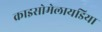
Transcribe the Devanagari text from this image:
क्राइसोमेलायडिया